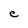
Character: C